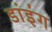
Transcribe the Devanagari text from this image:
डांइंग